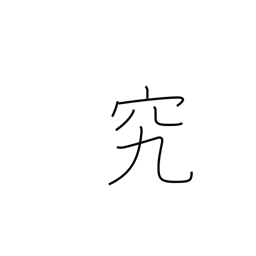
Meaning: study